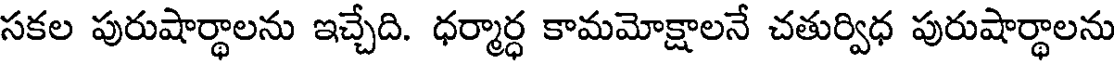
సకల పురుషార్థాలను ఇచ్చేది. ధర్మార్ధ కామమోక్షాలనే చతుర్విధ పురుషార్థాలను